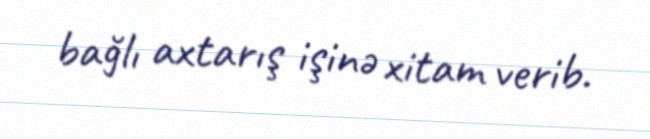
bağlı axtarış işinə xitam verib.